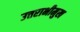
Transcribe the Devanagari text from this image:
उत्तराभीमुख